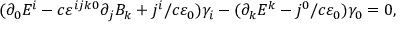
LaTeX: ( \partial _ { 0 } E ^ { i } - c \varepsilon ^ { i j k 0 } \partial _ { j } B _ { k } + j ^ { i } / c \varepsilon _ { 0 } ) \gamma _ { i } - ( \partial _ { k } E ^ { k } - j ^ { 0 } / c \varepsilon _ { 0 } ) \gamma _ { 0 } = 0 ,